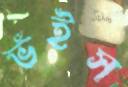
ভঁইস